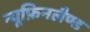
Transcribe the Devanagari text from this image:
न्यूफ़िनलैण्ड